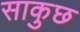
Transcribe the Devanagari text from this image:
साकुछ